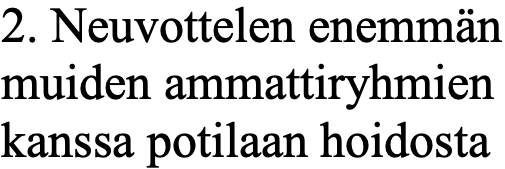
2. Neuvottelen enemmän muiden ammattiryhmien kanssa potilaan hoidosta